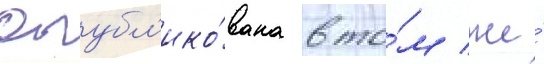
Опубл'ико́вана в то́м же́